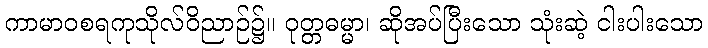
ကာမာဝစရကုသိုလ်ဝိညာဉ်၌။ ဝုတ္တဓမ္မာ၊ ဆိုအပ်ပြီးသော သုံးဆဲ့ ငါးပါးသော